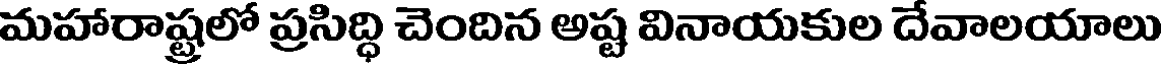
మహారాష్ట్రలో ప్రసిద్ధి చెందిన అష్ట వినాయకుల దేవాలయాలు